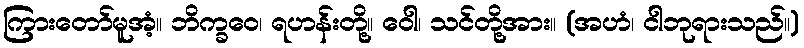
ကြားတော်မူအံ့။ ဘိက္ခဝေ၊ ရဟန်းတို့။ ဝေါ၊ သင်တို့အား။ (အဟံ၊ ငါဘုရားသည်။)